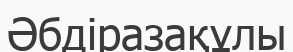
Әбдіразақұлы